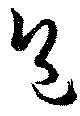
包